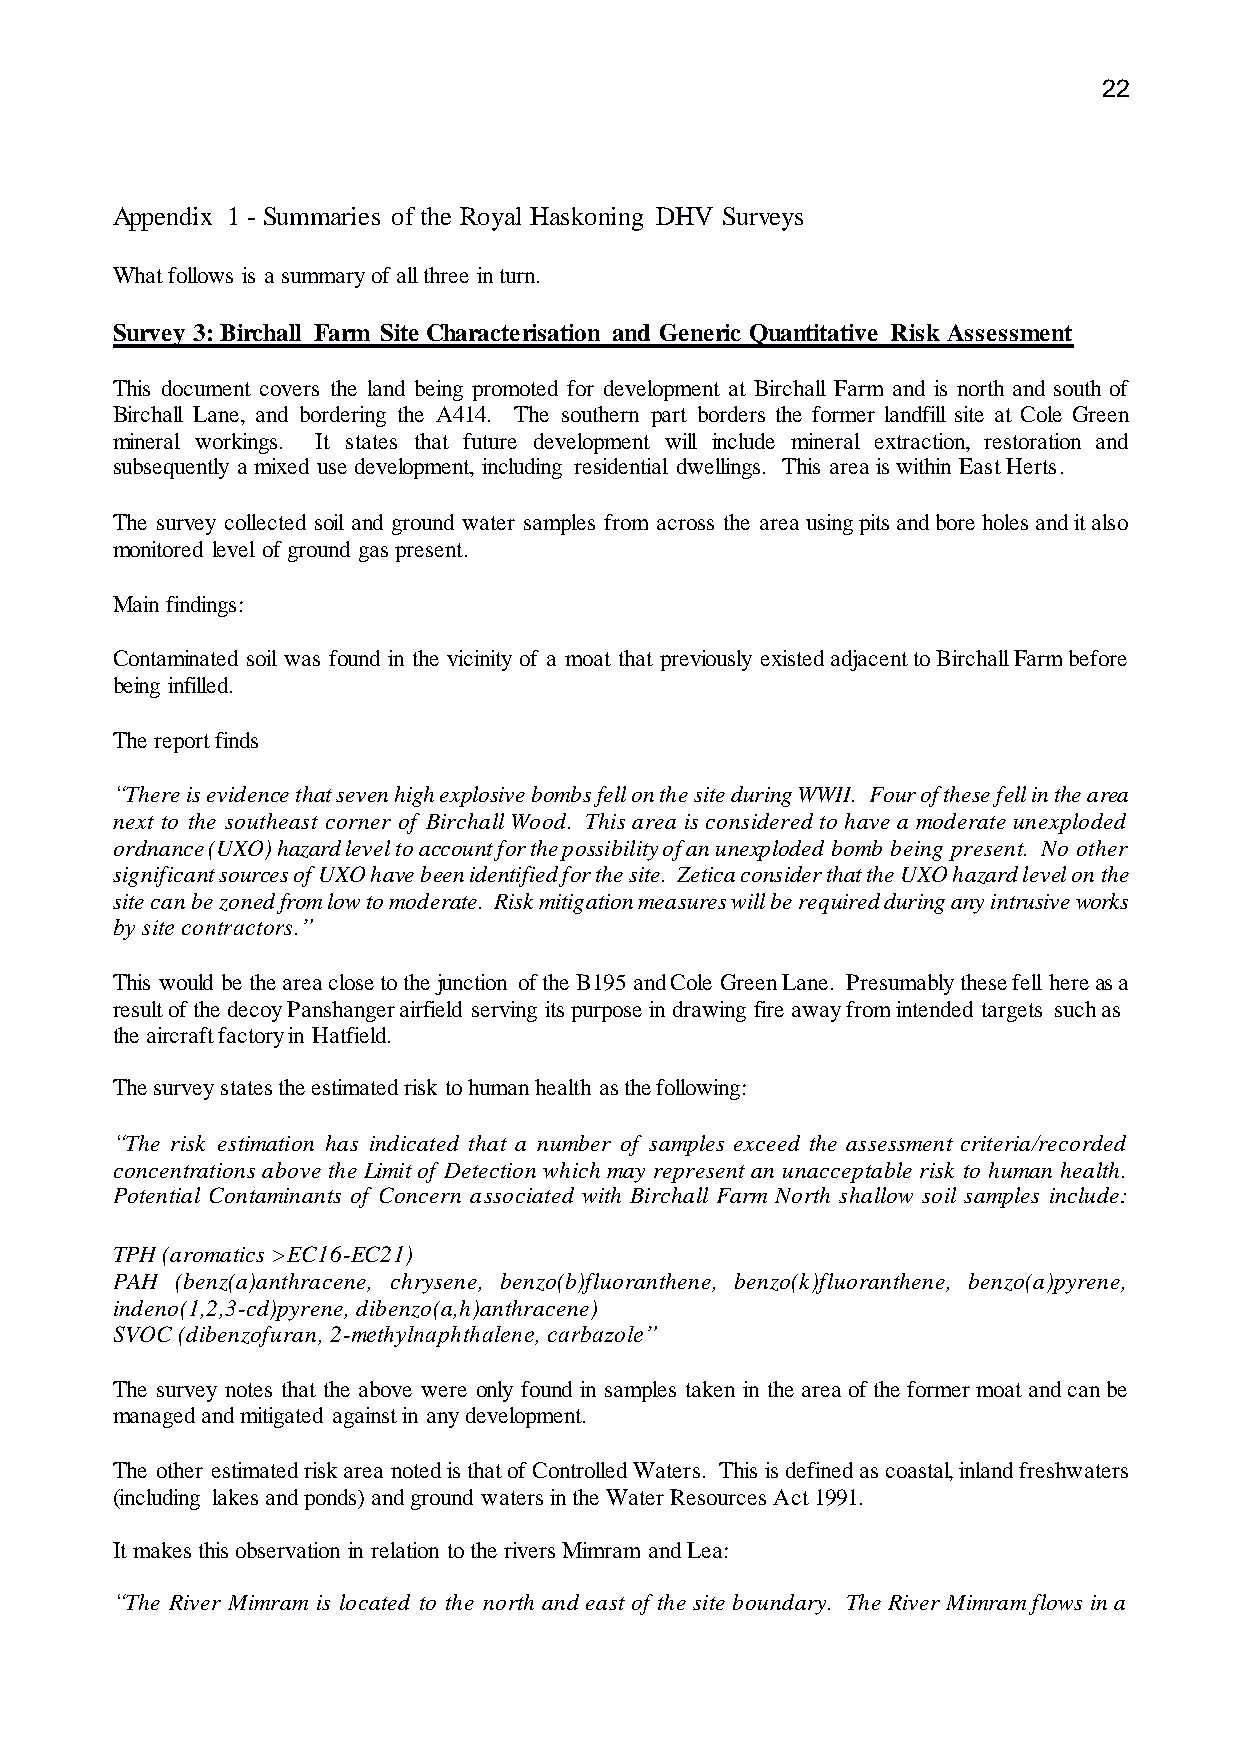
22
 Appendix 1 - Summaries of the Royal Haskoning DHV Surveys
 What follows is a summary of all three in turn.
 Survey 3: Birchall Farm Site Characterisation and Generic Quantitative Risk Assessment
 This document covers the land being promoted for development at Birchall Farm and is north and south of
 Birchall Lane, and bordering the A414. The southern part borders the former landfill site at Cole Green
 mineral workings. It states that future development will include mineral extraction, restoration and
 subsequently a mixed use development, including residential dwellings. This area is within East Herts.
 The survey collected soil and ground water samples from across the area using pits and bore holes and it also
 monitored level of ground gas present.
 Main findings:
 Contaminated soil was found in the vicinity of a moat that previously existed adjacent to Birchall Farm before
 being infilled.
 The report finds
 “There is evidence that seven high explosive bombs fell on the site during WWII. Four of these fell in the area
 next to the southeast corner of Birchall Wood. This area is considered to have a moderate unexploded
 ordnance (UXO) hazard level to account for the possibility of an unexploded bomb being present. No other
 significant sources of UXO have been identified for the site. Zetica consider that the UXO hazard level on the
 site can be zoned from low to moderate. Risk mitigation measures will be required during any intrusive works
 by site contractors.”
 This would be the area close to the junction of the B195 and Cole Green Lane. Presumably these fell here as a
 result of the decoy Panshanger airfield serving its purpose in drawing fire away from intended targets such as
 the aircraft factory in Hatfield.
 The survey states the estimated risk to human health as the following:
 “The risk estimation has indicated that a number of samples exceed the assessment criteria/recorded
 concentrations above the Limit of Detection which may represent an unacceptable risk to human health.
 Potential Contaminants of Concern associated with Birchall Farm North shallow soil samples include:
 
 
 TPH (aromatics >EC16-EC21)
 PAH  (benz(a)anthracene, chrysene, benzo(b)fluoranthene, benzo(k)fluoranthene, benzo(a)pyrene,
 indeno(1,2,3-cd)pyrene, dibenzo(a,h)anthracene)
 SVOC (dibenzofuran, 2-methylnaphthalene, carbazole”
 The survey notes that the above were only found in samples taken in the area of the former moat and can be
 managed and mitigated against in any development.
 The other estimated risk area noted is that of Controlled Waters. This is defined as coastal, inland freshwaters
 (including lakes and ponds) and ground waters in the Water Resources Act 1991.
 It makes this observation in relation to the rivers Mimram and Lea:
 “The River Mimram is located to the north and east of the site boundary. The River Mimram flows in a